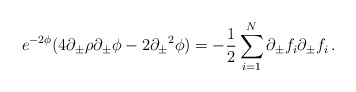
\begin{align*}e^{-2 \phi} ( 4 \partial_{\pm} \rho \partial_{\pm} \phi - 2 {\partial_{\pm}}^2 \phi ) = -{1\over 2} \sum_{i=1}^N\partial_{\pm} f_i \partial_{\pm} f_i\,.\end{align*}